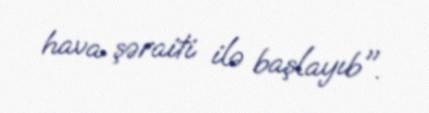
hava şəraiti ilə başlayıb".